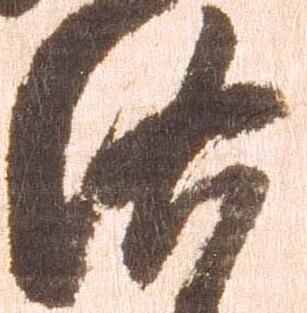
洛